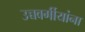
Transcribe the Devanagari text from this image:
उच्चवर्गीयांना